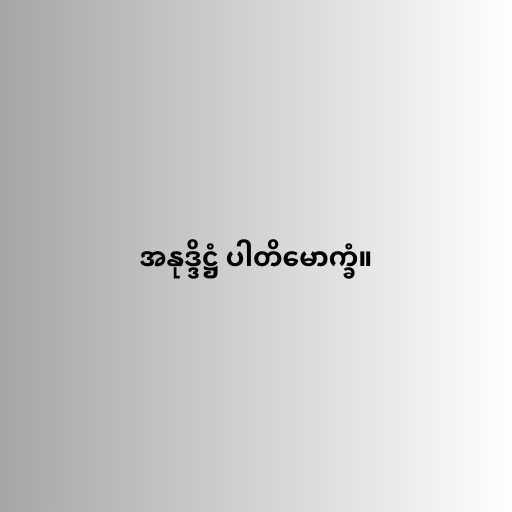
အနုဒ္ဒိဋ္ဌံ ပါတိမောက္ခံ။